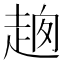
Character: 𧻮